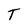
Character: T